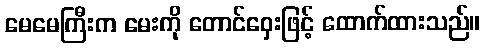
မေမေကြီးက မေးကို တောင်ဝှေးဖြင့် ထောက်ထားသည်။